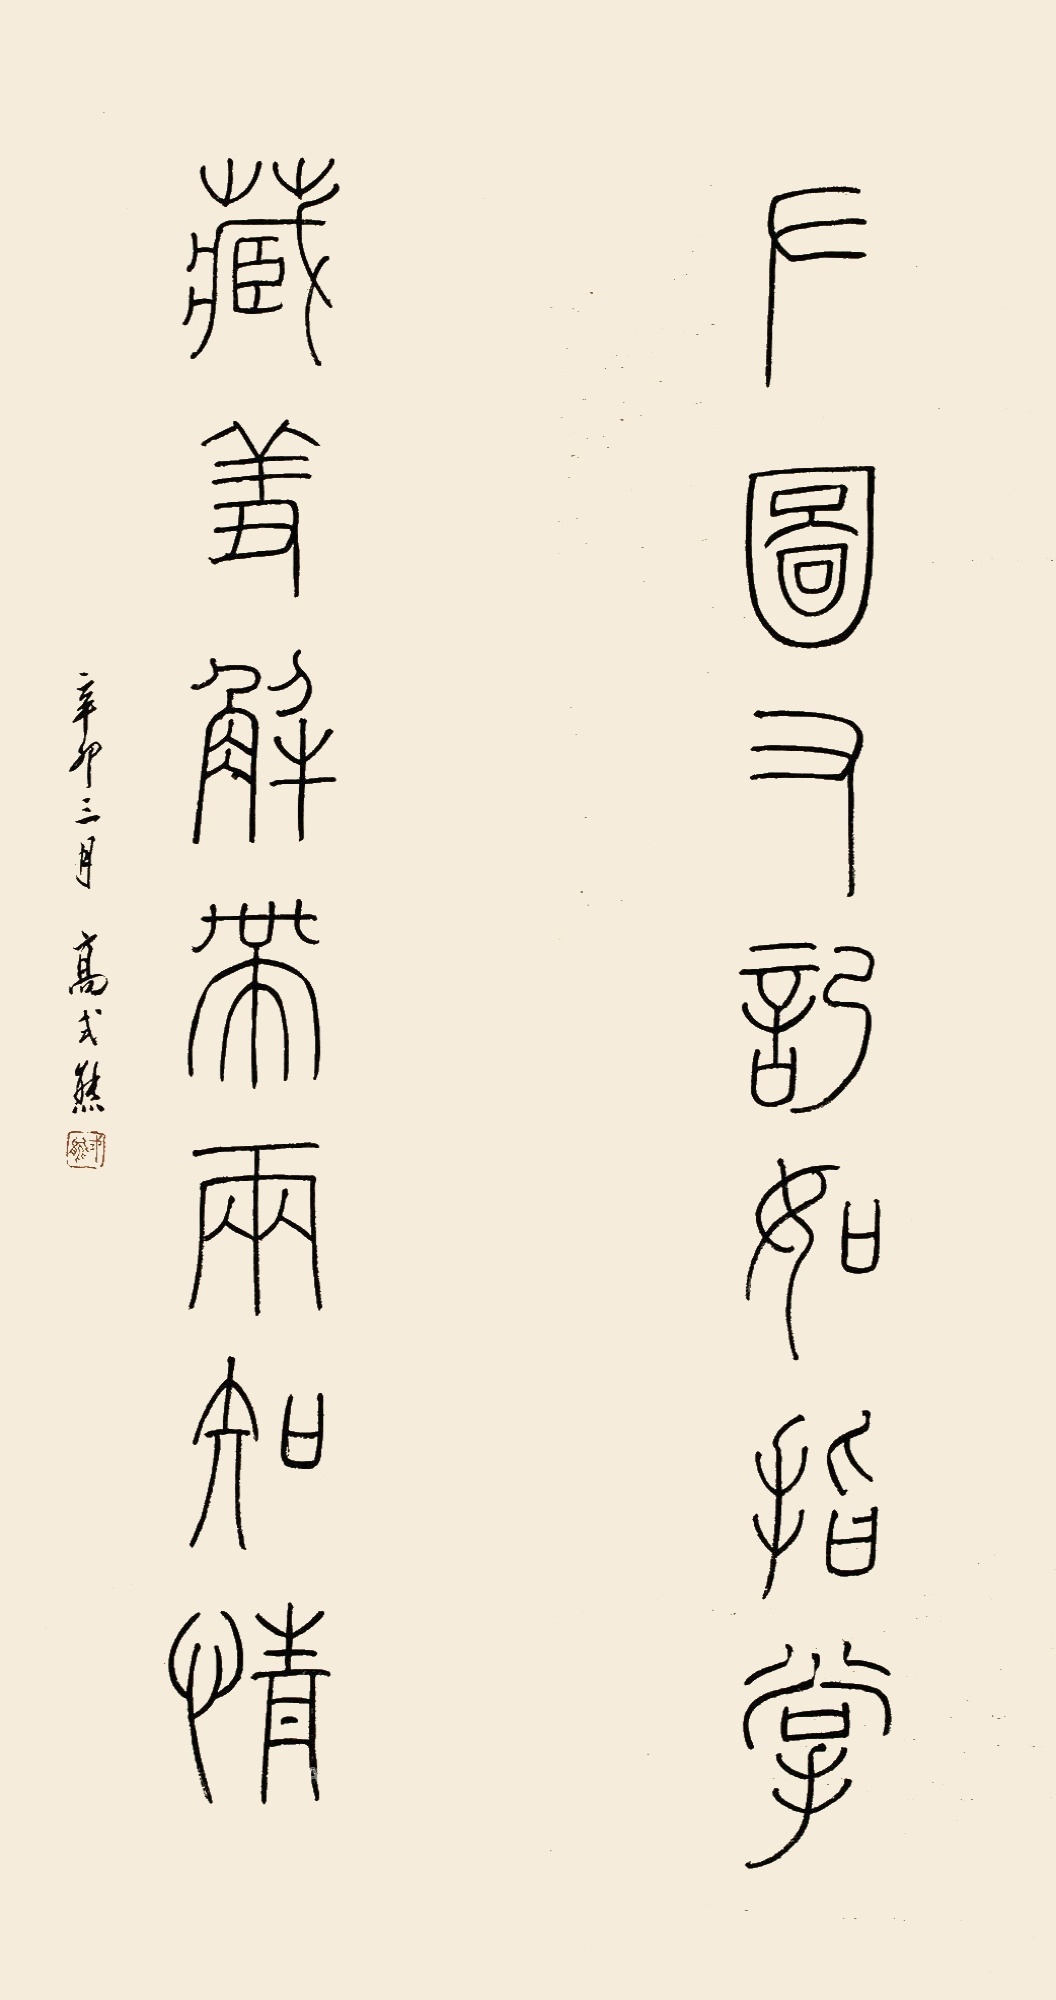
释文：左图右记如指掌，藏羞解带两知情。辛卯三月，高式熊。